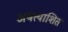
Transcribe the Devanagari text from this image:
अबत्याशित